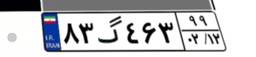
۸۳گ۴۶۳۹۹